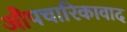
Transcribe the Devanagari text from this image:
औपचारिकावाद